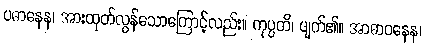
ပဓာနေန၊ အားထုတ်လွန်သောကြောင့်လည်း။ ကုပ္ပတိ၊ ပျက်၏။ အာဓာဝနေန၊